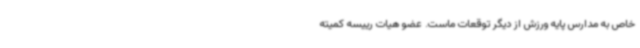
خاص به مدارس پایه ورزش از دیگر توقعات ماست. عضو هیات رییسه کمیته